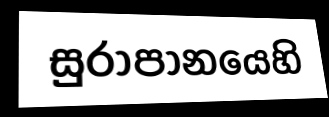
සුරාපානයෙහි